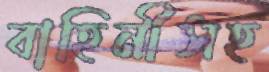
বাহিনীসহ